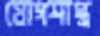
যোগশাস্ত্র